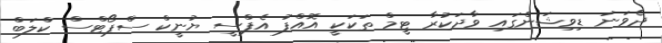
ދެވަނަ ޑިވިޝަންގައި ވާދަކުރާ ޓީމް ތަކަކީ އޮއްފު އެފްސީ ޔުނީކް ސްޕޯޓްސް ކްލަބް